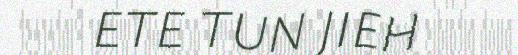
ETE TUN JIEH